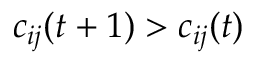
c _ { i j } ( t + 1 ) > c _ { i j } ( t )